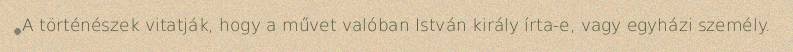
A történészek vitatják, hogy a művet valóban István király írta-e, vagy egyházi személy.